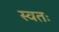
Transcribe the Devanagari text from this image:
स्वतः